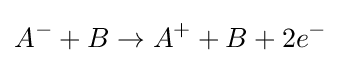
A^{-}+B\to A^{+}+B+2e^{-}